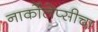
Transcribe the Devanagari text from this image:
नार्कोलेप्सीचा